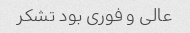
عالی و فوری بود تشکر